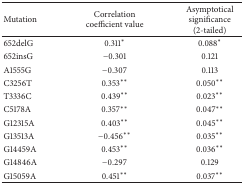
<table><thead><tr><td><b>Mutation</b></td><td><b>Correlation coefficient value</b></td><td><b>Asymptotical significance (2-tailed)</b></td></tr></thead><tbody><tr><td>652delG</td><td>0.311<sup>*</sup></td><td>0.088<sup>*</sup></td></tr><tr><td>652insG</td><td>−0.301</td><td>0.121</td></tr><tr><td>A1555G</td><td>−0.307</td><td>0.113</td></tr><tr><td>C3256T</td><td>0.353<sup>**</sup></td><td>0.050<sup>**</sup></td></tr><tr><td>T3336C</td><td>0.439<sup>**</sup></td><td>0.023<sup>**</sup></td></tr><tr><td>C5178A</td><td>0.357<sup>**</sup></td><td>0.047<sup>**</sup></td></tr><tr><td>G12315A</td><td>0.403<sup>**</sup></td><td>0.045<sup>**</sup></td></tr><tr><td>G13513A</td><td>−0.456<sup>**</sup></td><td>0.035<sup>**</sup></td></tr><tr><td>G14459A</td><td>0.453<sup>**</sup></td><td>0.036<sup>**</sup></td></tr><tr><td>G14846A</td><td>−0.297</td><td>0.129</td></tr><tr><td>G15059A</td><td>0.451<sup>**</sup></td><td>0.037<sup>**</sup></td></tr></tbody></table>